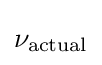
\nu _{\text{actual}}